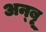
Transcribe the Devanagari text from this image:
अन्बू